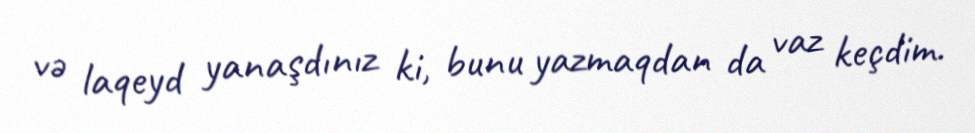
və laqeyd yanaşdınız ki, bunu yazmaqdan da vaz keçdim.